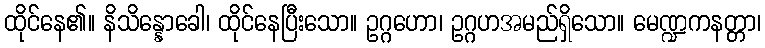
ထိုင်နေ၏။ နိသိန္နောခေါ၊ ထိုင်နေပြီးသော။ ဥဂ္ဂဟော၊ ဥဂ္ဂဟအမည်ရှိသော။ မေဏ္ဍကနတ္တာ၊